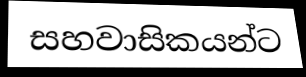
සහවාසිකයන්ට